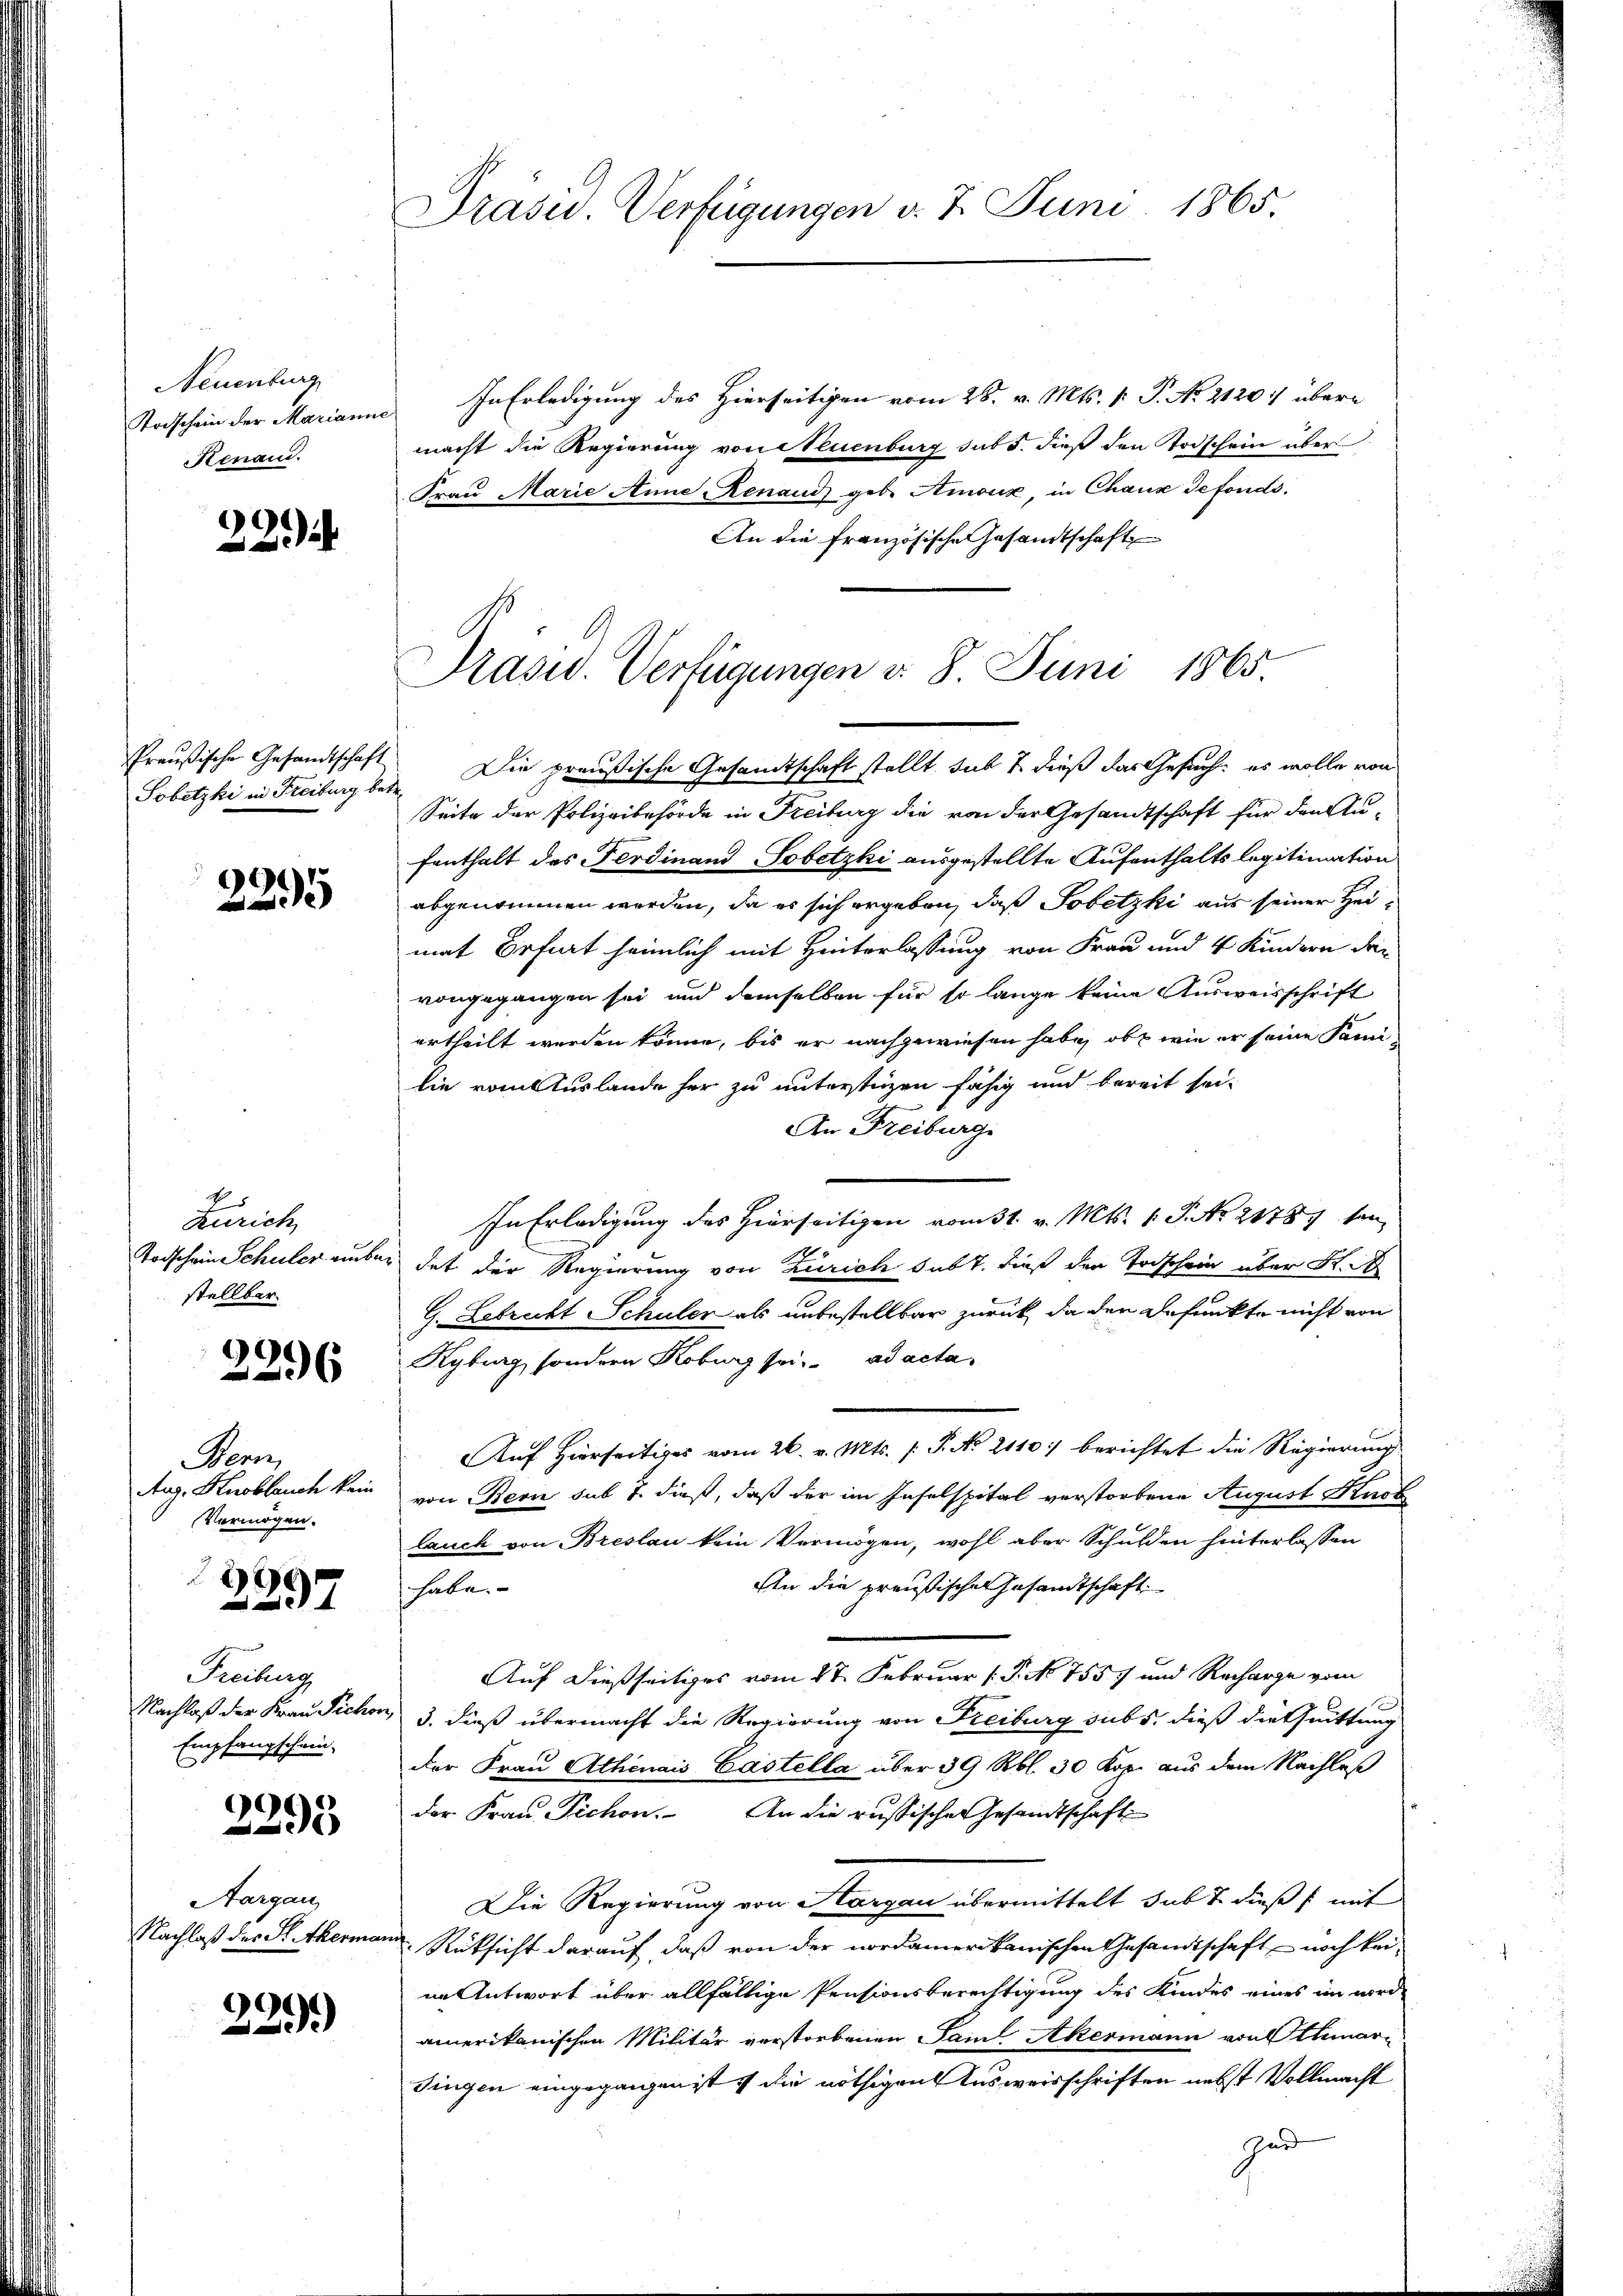
Neuenburg
Renau.

22)

Sobetzki in Freiburg betr.

2295

E
Zürich
stellbar.

2296

Bern,
Vermögen.

2397

Freiburg
Empfangschein-

C
293

Aargau,

229)

Präsid. Verfügungen d. 7. Juni 1865.

Todschein der Marianne. In Erledigung des Hierseitigen vom 28. v. Mts. v. P. No. 21207 übermacht die Regierung von Neuenburg sub 5. dieß den Todschein über
Fraŭ Marie Anne, Renaud geb. Amoux, in Chaux defonds.
An die französische Gesandtschaft
Preußische Gesandtschaft. Die preußische Gesandtschaft stellt, sub 7. dieß das Gesuch: es wolle von
Seite der Polizeibehörde in Freiburg die von der Gesandtschaft für den Aufenthalt des Ferdinand, Sobetzki ausgestellte Aufenthalts legitimation
abgenommen werden, da es sich ergeben, daß Jobetzki aus seiner Heimat Befirt heimlich mit Hinterlassung von Frau und 4 Kindern der
vongegangen sei und demselben für so lange keine Ausweisschrift
urtheilt werden könne, bis er nachgewiesen habe, ob wie er seine Fami-
lie vom Auslande her zu unterstigen fähig und bereit sei¬
An Freiburg
In Erledigung des Hierseitigen vom 31. v. Mts. 1 S. No 21781 sei
Todschein Schuler aber das der Regierung von Zürich subt, dieß der Todschein über St.
G. Lebrecht Schuler als unbestellbar zurück, da den gefunkte nicht von
Kyburg, sondern Koburg sei. ad acta
Auf Hierseitiges vom 26. v. Mts. f. P. No 2110:/ berichtet die Regierung
Aug. Knoblauch kein von Bern sub 7. dieß, daß der im Inselspital verstorbene August Kart
lauch von Breslau kein Vermögen, wohl aber Schulden hinterlassen
An die preußischer Gesandtschaft
habe.
Auf dießseitiges vom 14t Februar (: P. No 7557 und Recharge vom
Nachlaß der Frau Sichen, 3. dieß übermacht die Regierung von Freiburg sub 5. dieß die Quittung
der Frau Athenais Castella über 39 Rbl. 30 Kop. aus dem Nachlaß
der Frau Pichon. An die russischer Gesandtschaft
Die Regierung von Aargau übermittelt sub 7. dieß mit
Nachlaß des St. Thermann Rücksicht darauf, daß von der nordamerikanischen Gesandtschaft noch keine Antwort über allfällige Pensionsberechtigung des Kindes eines in wird
amerikanischen Militär verstorbenen Saml Akermann von Athmardingen eingegangen ist die nöthigen Ausweisschriften nebst Vollmacht
Gad

Präsid. Verfügungen v. 8. Juni 1865.